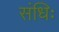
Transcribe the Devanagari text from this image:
संधिः